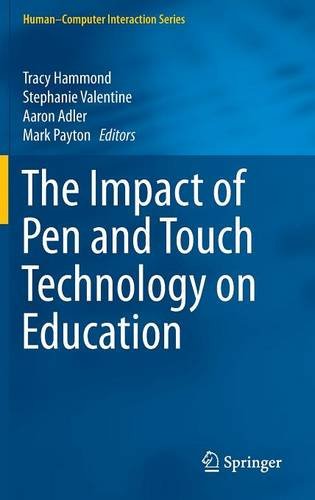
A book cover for The Impact of Pen and Touch Technology on Education (Human-Computer Interaction Series); Computers & Technology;